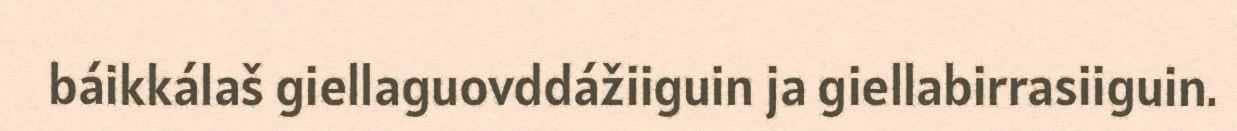
báikkálaš giellaguovddážiiguin ja giellabirrasiiguin.